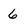
Character: 6